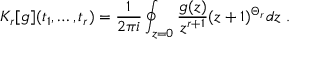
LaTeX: K _ { r } [ g ] ( t _ { 1 } , \ldots , t _ { r } ) = { \frac { 1 } { 2 \pi i } } \oint _ { z = 0 } { \frac { g ( z ) } { z ^ { r + 1 } } } ( z + 1 ) ^ { \Theta _ { r } } d z \ .